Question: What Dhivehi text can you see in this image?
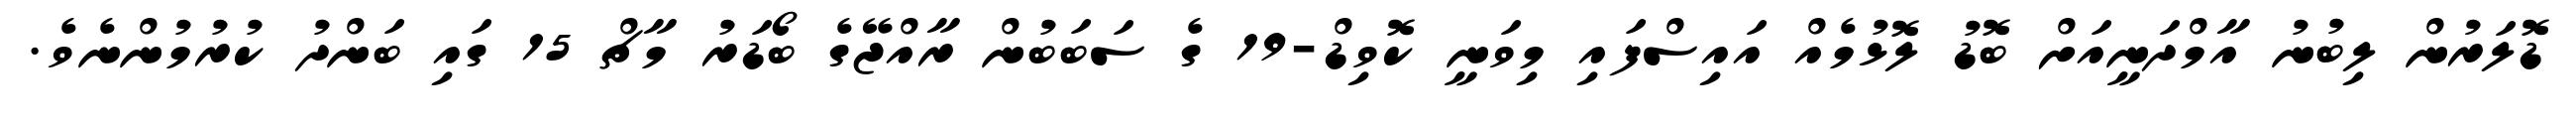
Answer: ޑޮލަރުން ލިބުނު އާމްދަނީއަށް ބޮޑު ލޮޅުމެއް އައިސްފައި މިވަނީ ކޮވިޑް-19 ގެ ސަބަބުން ރާއްޖޭގެ ބޯޑަރު މާޗް 15 ގައި ބަންދު ކުރުމުންނެވެ.